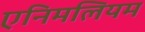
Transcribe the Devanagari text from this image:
एनिमलियम